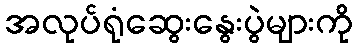
အလုပ်ရုံဆွေးနွေးပွဲများကို